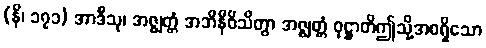
(နိ၊ ၁၇၁) အာဒီသု၊ အဇ္ဈတ္တံ အဘိနိဝိသိတွာ အဇ္ဈတ္တံ ဝုဋ္ဌာတိဤသို့အစရှိသော